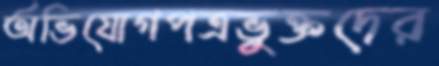
অভিযোগপত্রভুক্তদের